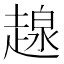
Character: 𧼷